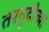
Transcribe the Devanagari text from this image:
तरतुदीच्या